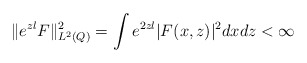
\begin{align*}\|e^{zl}F\|_{L^2(Q)}^2=\int e^{2zl}|F(x,z)|^2dxdz <\infty\end{align*}